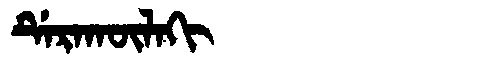
Manchu: ᡩᡝᡵᠠᡴᡡᠯᠠᡴᡳ
Romanization: DERAKŪLAKI